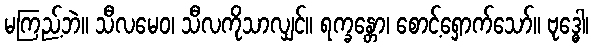
မကြည့်ဘဲ။ သီလမေဝ၊ သီလကိုသာလျှင်။ ရက္ခန္တော၊ စောင့်ရှောက်သော်။ ဗုဒ္ဓေါ၊